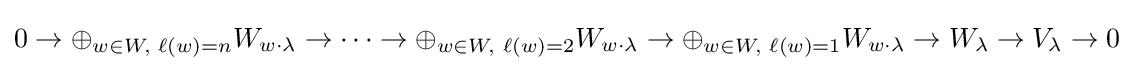
0\to \oplus _{w\in W,\,\,\ell (w)=n}W_{w\cdot \lambda }\to \cdots \to \oplus _{w\in W,\,\,\ell (w)=2}W_{w\cdot \lambda }\to \oplus _{w\in W,\,\,\ell (w)=1}W_{w\cdot \lambda }\to W_{\lambda }\to V_{\lambda }\to 0